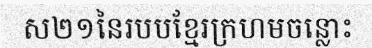
ស២១នៃរបបខ្មែរក្រហមចន្លោះ